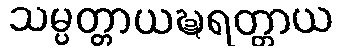
သမ္ပတ္တာယဍ္ဎရတ္တာယ